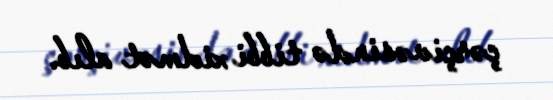
çərçivəsində tibbi xidmət alıb.